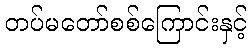
တပ်မတော်စစ်ကြောင်းနှင့်